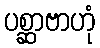
ပစ္ဆာဗာဟုံ